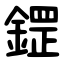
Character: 鎠